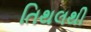
તિથલથી